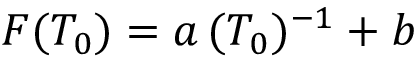
F ( T _ { 0 } ) = a \, ( T _ { 0 } ) ^ { - 1 } + b